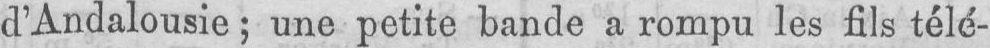
d’Andalousie; une petite bande a rompu les fils télé-